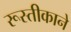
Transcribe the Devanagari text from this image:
रूस्तीकाने